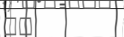
٤٥